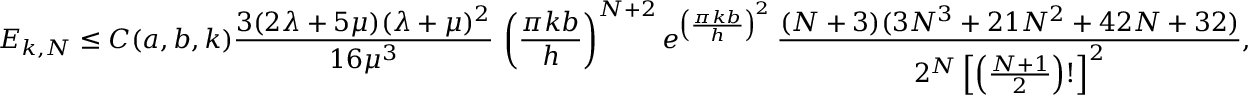
E _ { k , N } \leq C ( a , b , k ) \frac { 3 ( 2 \lambda + 5 \mu ) ( \lambda + \mu ) ^ { 2 } } { 1 6 \mu ^ { 3 } } \, \left( \frac { \pi k b } h \right) ^ { N + 2 } e ^ { \left( \frac { \pi k b } h \right) ^ { 2 } } \, \frac { ( N + 3 ) ( 3 N ^ { 3 } + 2 1 N ^ { 2 } + 4 2 N + 3 2 ) } { 2 ^ { N } \left[ \left( \frac { N + 1 } { 2 } \right) ! \right] ^ { 2 } } ,